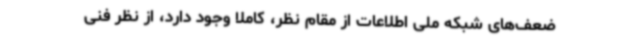
ضعف‌های شبکه ملی اطلاعات از مقام نظر، کاملا وجود دارد، از نظر فنی